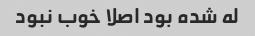
له شده بود اصلا خوب نبود